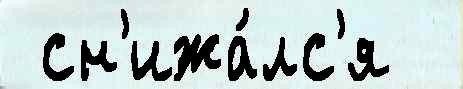
 сн'ижа́лс'я